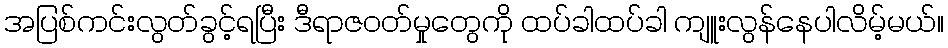
အပြစ်ကင်းလွတ်ခွင့်ရပြီး ဒီရာဇဝတ်မှုတွေကို ထပ်ခါထပ်ခါ ကျူးလွန်နေပါလိမ့်မယ်။